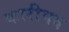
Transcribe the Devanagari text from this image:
कारीमव